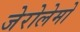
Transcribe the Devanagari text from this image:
जेरोलेमो